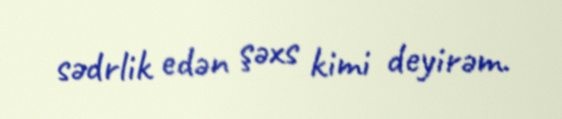
sədrlik edən şəxs kimi deyirəm.